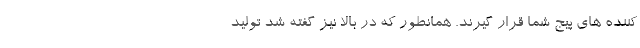
کننده های پیج شما قرار گیرند. همانطور که در بالا نیز گفته شد تولید